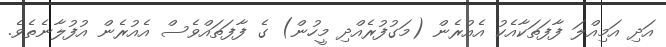
އަދި އަމިއްލަ ފާފަތަކާއެކު އެއުރެން (މަގުފުރެއްދި މީހުން) ގެ ފާފަތައްވެސް އެއުރެން އުފުލާނެތެވެ.